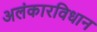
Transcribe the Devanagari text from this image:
अलंकारविधान